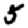
Digit: 5